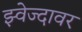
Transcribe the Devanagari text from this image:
झ्वेज्दावर